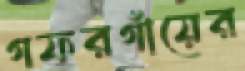
গফরগাঁয়ের